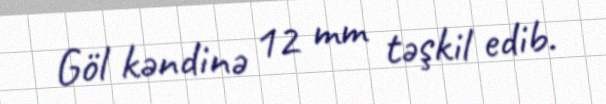
Göl kəndinə 12 mm təşkil edib.